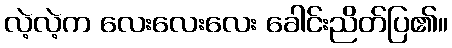
လဲ့လဲ့က လေးလေးလေး ခေါင်းညိတ်ပြ၏။